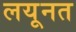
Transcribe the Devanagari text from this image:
लयूनत